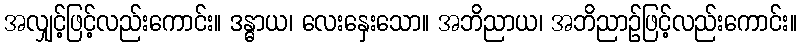
အလျှင့်ဖြင့်လည်းကောင်း။ ဒန္ဓာယ၊ လေးနှေးသော။ အဘိညာယ၊ အဘိညာဉ်ဖြင့်လည်းကောင်း။